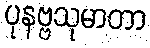
ပုနဗ္ဗသုမာတာ